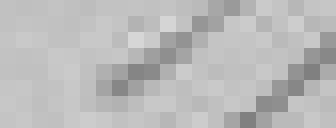
177